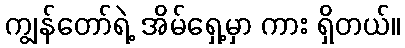
ကျွန်တော်ရဲ့ အိမ်ရှေ့မှာ ကား ရှိတယ်။